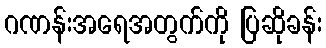
ဂဏန်းအရေအတွက်ကို ပြဆိုခန်း